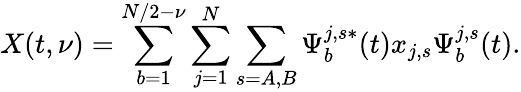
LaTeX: X(t,\nu)=\sum_{b=1}^{N/2-\nu}\sum_{j=1}^{N}\sum_{s=A,B}\Psi_{b}^{j,s*}(t)x_{j,s}\Psi_{b}^{j,s}(t).